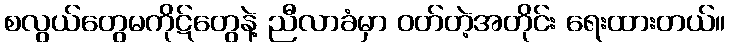
စလွယ်တွေမကိုဋ်တွေနဲ့ ညီလာခံမှာ ဝတ်တဲ့အတိုင်း ရေးထားတယ်။